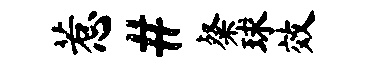
惹#粲球效